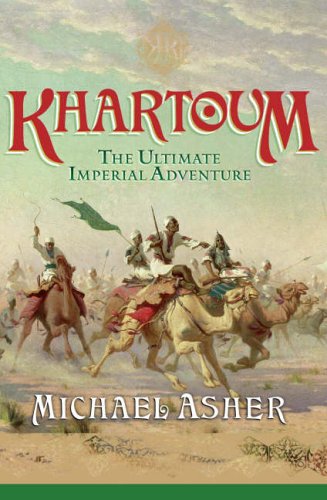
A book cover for Khartoum: The Ultimate Imperial Adventure; Michael Asher; History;